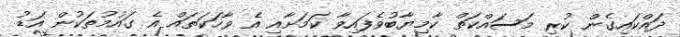
ދައްކައިގެން ކުރި މަސައްކަތް ކާމިޔާބުވެފައިވާ ކަމަށާއި އެ ވާހަކަތައް އެ ގައުމުތަކުން އަޑު